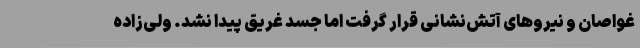
غواصان و نیروهای آتش‌نشانی قرار گرفت اما جسد غریق پیدا نشد. ولی‌زاده